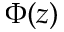
\Phi ( z )